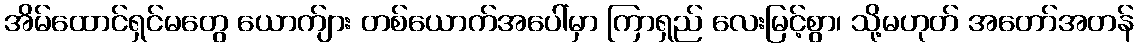
အိမ်ထောင်ရှင်မတွေ ယောက်ျား တစ်ယောက်အပေါ်မှာ ကြာရှည် လေးမြင့်စွာ၊ သို့မဟုတ် အတော်အတန်